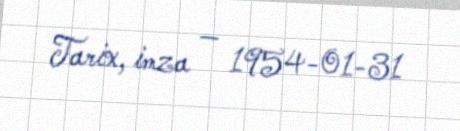
Tarix, imza — 1954-01-31